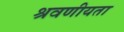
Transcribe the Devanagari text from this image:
श्रवणीयता